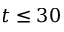
t \leq 3 0